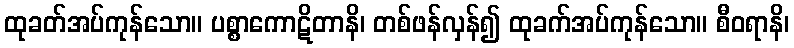
ထုခတ်အပ်ကုန်သော။ ပစ္စာကောဋိတာနိ၊ တစ်ဖန်လှန်၍ ထုခက်အပ်ကုန်သော။ စီဝရာနိ၊